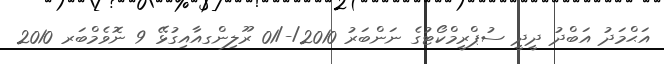
އަޙްމަދު އަބްދު ދީދީ ސުޕްރީމްކޯޓުގެ ނަންބަރު 2010/-/01 ރޫލިންގއާއިގުޅޭ 9 ނޮވެމްބަރ 2010